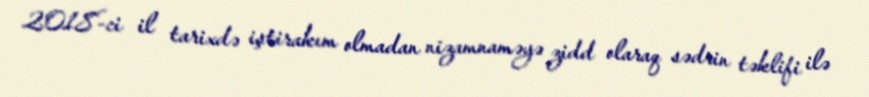
2018-ci il tarixdə iştirakım olmadan nizamnaməyə zidd olaraq sədrin təklifi ilə